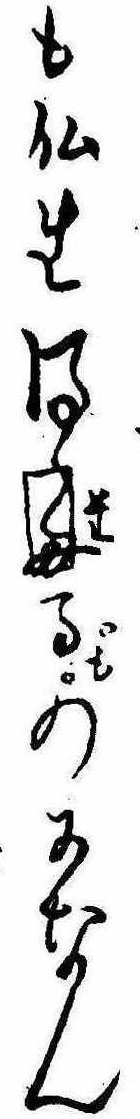
も仏生得たるものになん